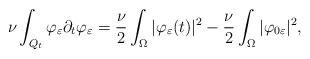
LaTeX: \begin{align*} \nu \int_{Q_t} \varphi_{\varepsilon} \partial_t \varphi_{\varepsilon} = \frac{\nu}{2} \int_{\Omega} |\varphi_{\varepsilon} (t)|^2 - \frac{\nu}{2} \int_{\Omega} |\varphi_{0\varepsilon}|^2,\end{align*}